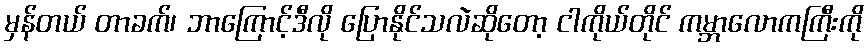
မှန်တယ် တာခက်၊ ဘာကြောင့်ဒီလို ပြောနိုင်သလဲဆိုတော့ ငါကိုယ်တိုင် ကမ္ဘာလောကကြီးကို